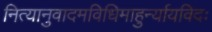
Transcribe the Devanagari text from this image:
नित्यानुवादमविधिमाहुर्न्यायविदः